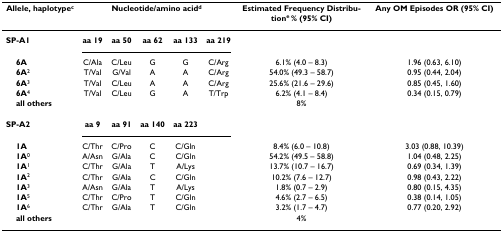
| Allele, haplotypec | <COLSPAN=5> Nucleotide/amino acidd | Estimated Frequency Distributione % (95% CI) | Any OM Episodes OR (95% CI) |
 | --- | --- | --- | --- | --- | --- | --- | --- |
 | SP-A1 | aa 19 | aa 50 | aa 62 | aa 133 | aa 219 |  |  |
 | 6A | C/Ala | C/Leu | G | G | C/Arg | 6.1% (4.0 – 8.3) | 1.96 (0.63, 6.10) |
 | 6A2 | T/Val | G/Val | A | A | C/Arg | 54.0% (49.3 – 58.7) | 0.95 (0.44, 2.04) |
 | 6A3 | T/Val | C/Leu | A | A | C/Arg | 25.6% (21.6 – 29.6) | 0.85 (0.45, 1.60) |
 | 6A4 | T/Val | C/Leu | G | A | T/Trp | 6.2% (4.1 – 8.4) | 0.34 (0.15, 0.79) |
 | all others |  |  |  |  |  | 8% |  |
 | SP-A2 | aa 9 | aa 91 | aa 140 | aa 223 |  |  |  |
 | 1A | C/Thr | C/Pro | C | C/Gln |  | 8.4% (6.0 – 10.8) | 3.03 (0.88, 10.39) |
 | 1A0 | A/Asn | G/Ala | C | C/Gln |  | 54.2% (49.5 – 58.8) | 1.04 (0.48, 2.25) |
 | 1A1 | C/Thr | G/Ala | T | A/Lys |  | 13.7% (10.7 – 16.7) | 0.69 (0.34, 1.39) |
 | 1A2 | C/Thr | G/Ala | C | C/Gln |  | 10.2% (7.6 – 12.7) | 0.98 (0.43, 2.22) |
 | 1A3 | A/Asn | G/Ala | T | A/Lys |  | 1.8% (0.7 – 2.9) | 0.80 (0.15, 4.35) |
 | 1A5 | C/Thr | C/Pro | T | C/Gln |  | 4.6% (2.7 – 6.5) | 0.38 (0.14, 1.05) |
 | 1A6 | C/Thr | G/Ala | T | C/Gln |  | 3.2% (1.7 – 4.7) | 0.77 (0.20, 2.92) |
 | all others |  |  |  |  |  | 4% |  |